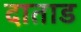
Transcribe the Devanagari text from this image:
दाताड